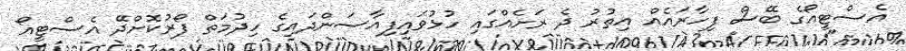
އެސްޓީއޯގެ ބޭސް ފިހާރައެއް އިތުރު ދެ ރަށެއްގައި ހުޅުވައިފިއާސަންދައިގެ ހިދުމަތް ފޯރުކޮށްދޭ އެސްޓީއޯ